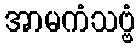
အာမကံသဗ္ဗံ